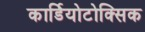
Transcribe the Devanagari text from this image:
कार्डियोटोक्सिक